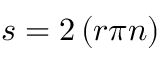
s = 2 \left( r \pi n \right)